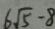
6 \sqrt { 5 } - 8